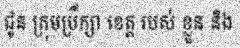
ជូន ក្រុមប្រឹក្សា ខេត្ត របស់ ខ្លួន និង